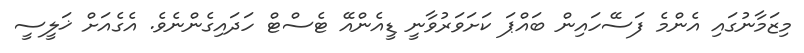
މިޒަމާނުގައި އެންމެ ފަސޭހައިން ބައްޕަ ކަށަވަރުވާނީ ޑީއެންއޭ ޓެސްޓް ހަދައިގެންނެވެ. އެގެއަށް ޚަލީސީ